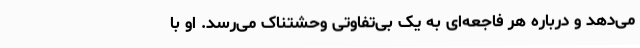
می‌دهد و درباره هر فاجعه‌ای به یک بی‌تفاوتی وحشتناک می‌رسد. او با